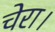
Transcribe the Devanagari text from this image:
चेरा।